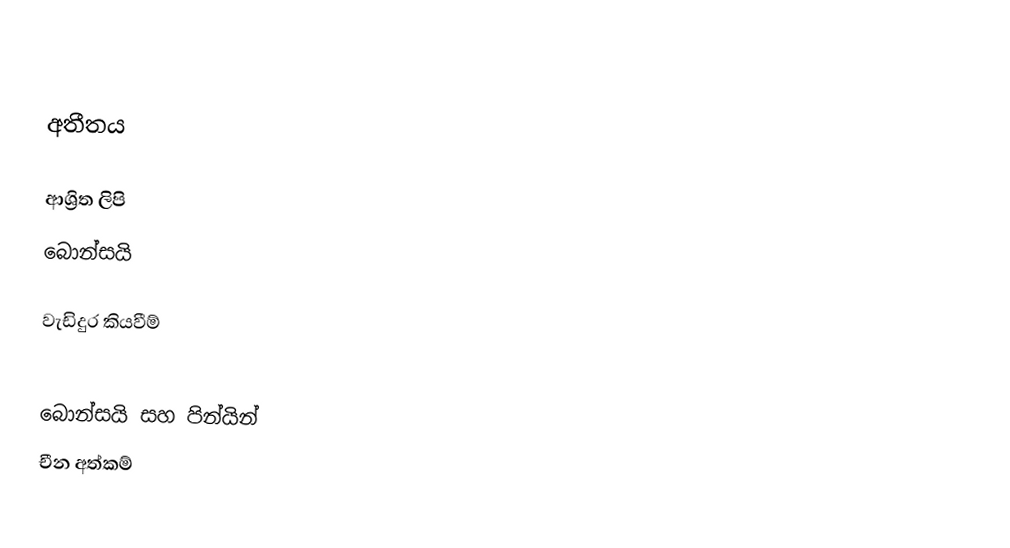

අතීතය

ආශ්‍රිත ලිපි
 බොන්සයි

වැඩිදුර කියවීම්

බොන්සයි සහ පින්යින්
චීන අත්කම්